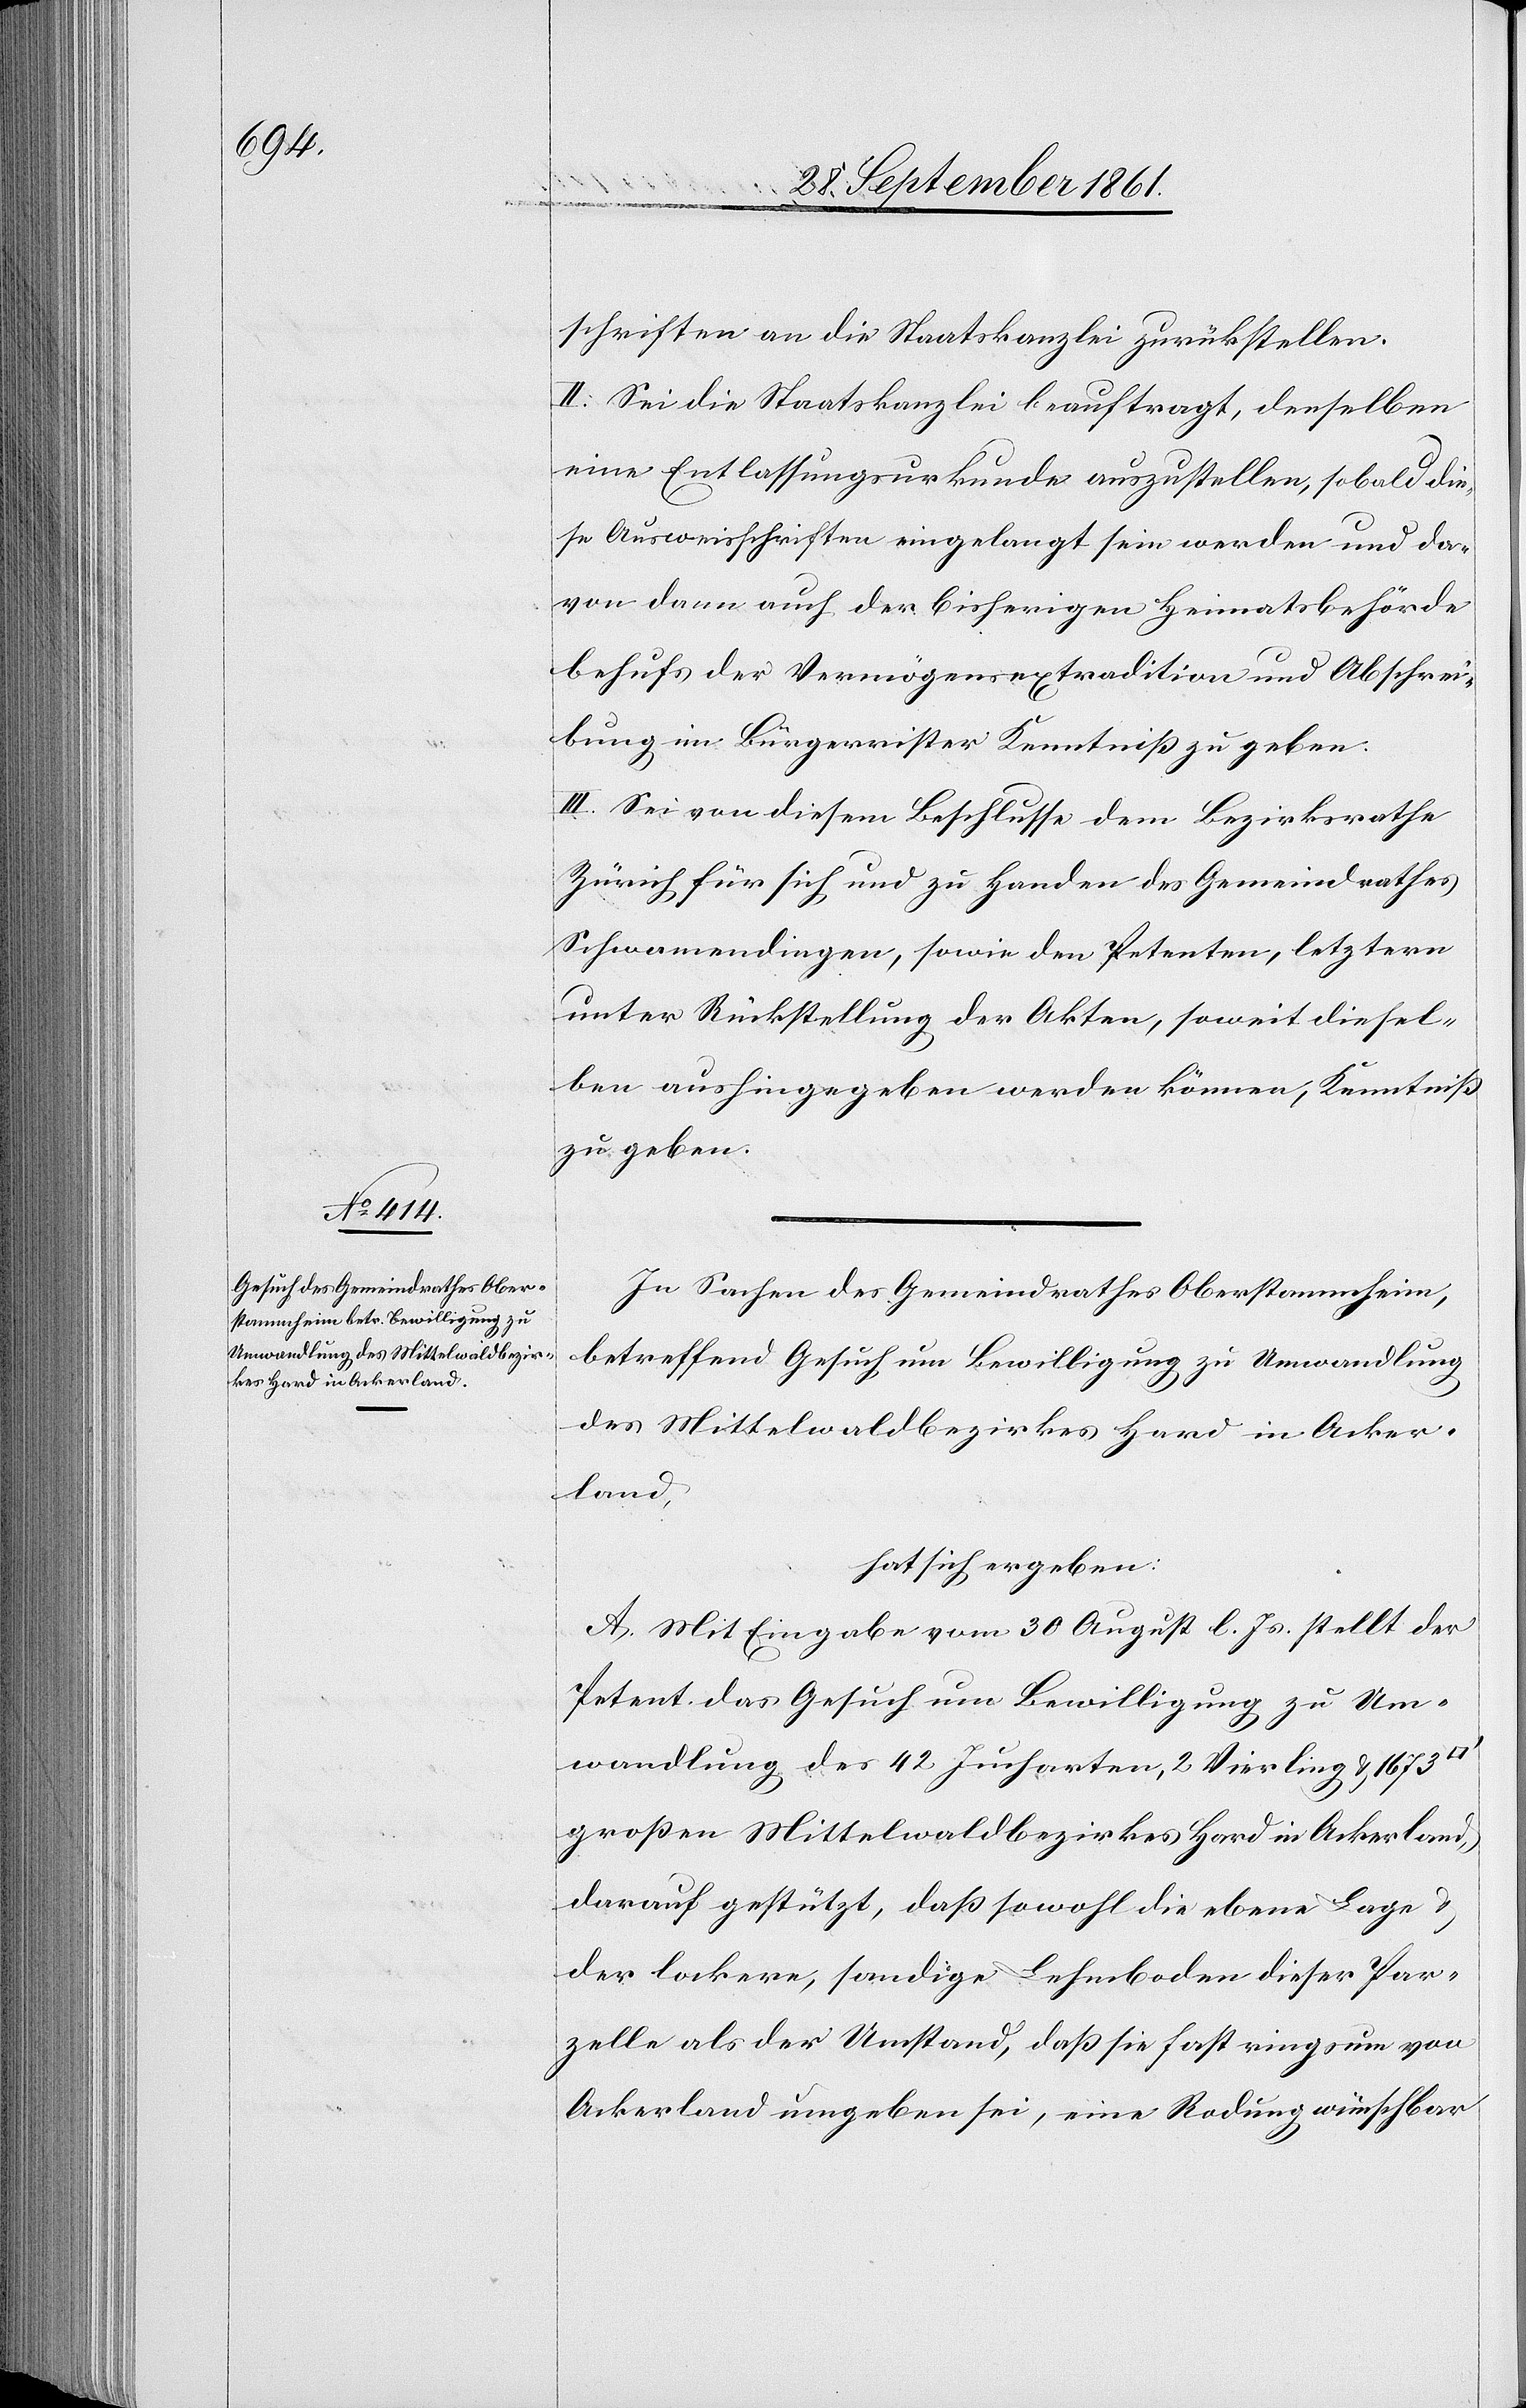
schriften an die Staatskanzlei zurückstellen.
II. Sei die Staatskanzlei beauftragt, denselben
eine Entlassungsurkunde auszustellen, sobald die¬
se Ausweisschriften eingelangt sein werden und da¬
von dann auch der bisherigen Heimatsbehörde
behufs der Vermögensextradition und Abschrei¬
bung im Bürgerr[eg]ister Kenntniß zu geben.
III. Sei von diesem Beschlusse dem Bezirksrathe
Zürich für sich und zu Handen des Gemeindrathes
Schwamendingen, sowie den Petenten, letztern
unter Rückstellung der Akten, soweit diesel¬
ben aushingegeben werden können, Kenntniß
zu geben.
In Sachen der Gemeindrathes Oberstammheim,
betreffend Gesuch um Bewilligung zu Umwandlung
des Mittelwaldbezirkes Hard in Acker¬
land,
hat sich ergeben:
A. Mit Eingabe vom 30 August l. Js. stellt der
Petent das Gesuch um Bewilligung zu Um¬
wandlung des 42 Jucharten, 2 Vierling u. 1673
großen Mittelwaldbezirkes Hard in Ackerland,
darauf gestützt, daß sowohl die ebene Lage u.
der lockere, sandige Lehmboden dieser Par¬
zelle als der Umstand, daß sie fast ringsum von
Ackerland umgeben sei, eine Rodung wünschbar